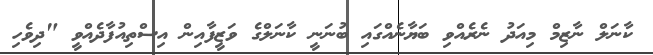
ކާނަލް ނާޒިމް މިއަދު ނެރެއްވި ބަޔާނެއްގައި ބުނަނީ ކާނަލްގެ ވަޒީފާއިން އިސްތިއުފާދެއްވީ "ދިވެހި